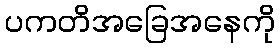
ပကတိအခြေအနေကို